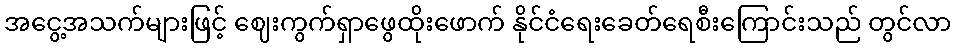
အငွေ့အသက်များဖြင့် ဈေးကွက်ရှာဖွေထိုးဖောက် နိုင်ငံရေးခေတ်ရေစီးကြောင်းသည် တွင်လာ